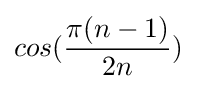
cos({\frac {\pi (n-1)}{2n}})